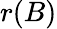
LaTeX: r(B)